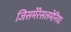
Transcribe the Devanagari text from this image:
जिसमेंरेसलमेनिया